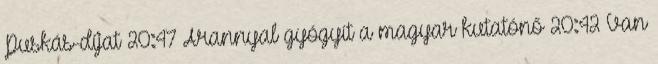
Puskás-díjat 20:47 Arannyal gyógyít a magyar kutatónő 20:42 Van